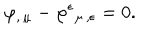
LaTeX: \varphi _ { , \, \mu } - \varphi ^ { \epsilon } { } _ { \mu \, , \epsilon } = 0 .